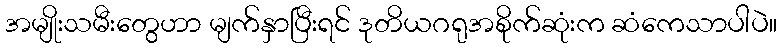
အမျိုးသမီးတွေဟာ မျက်နှာပြီးရင် ဒုတိယဂရုအစိုက်ဆုံးက ဆံကေသာပါပဲ။